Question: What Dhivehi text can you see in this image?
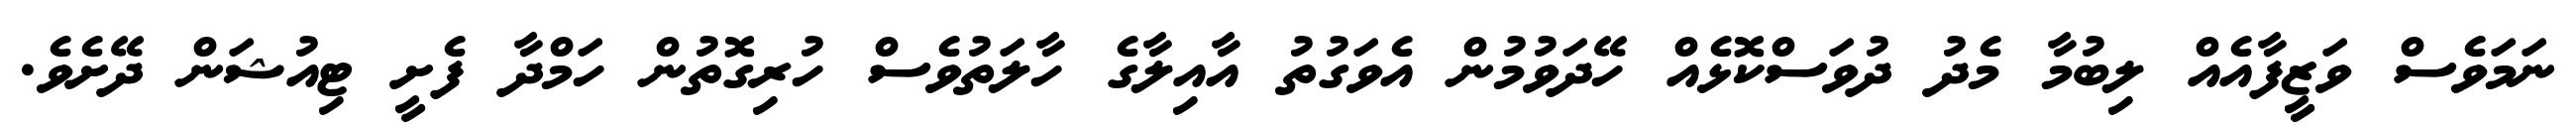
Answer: ނަމަވެސް ވަޒީފާއެއް ލިބުމާ މެދު ދުވަސްކޮޅެއް ހޭދަވުމުން އެވަގުތު އާއިލާގެ ހާލަތުވެސް ހުރިގޮތުން ހަމްދާ ފެށީ ޓިއުޝަން ދޭށެވެ.